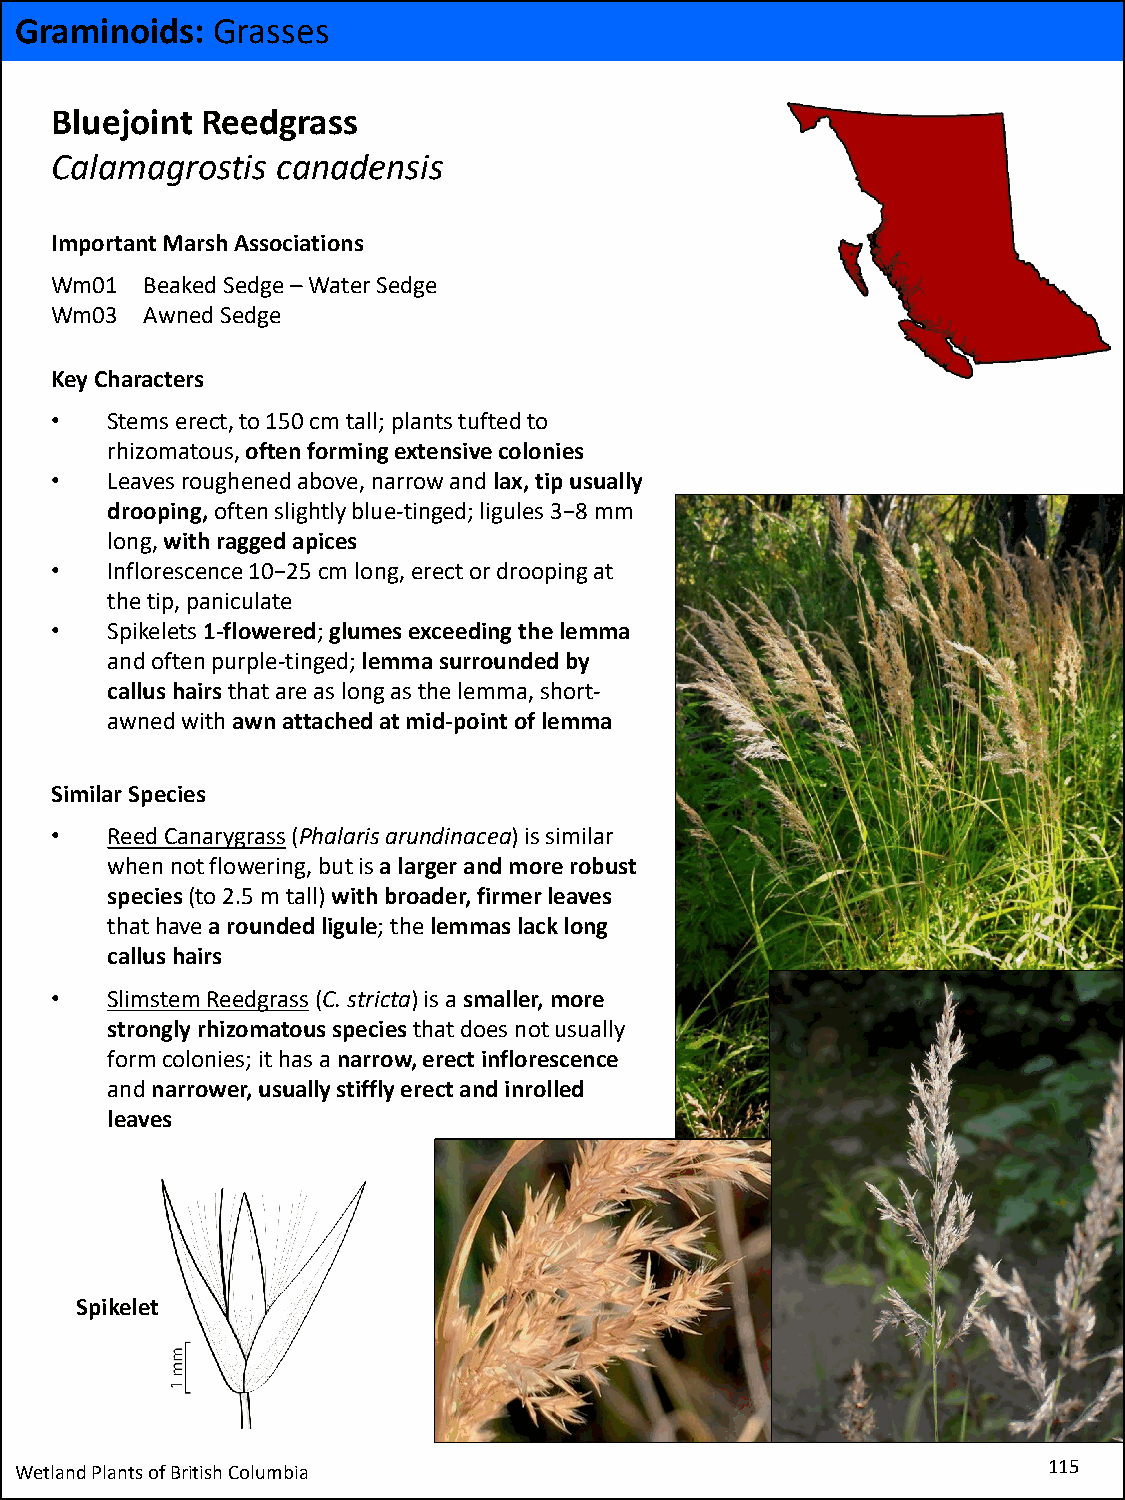
Graminoids:  Grasses
 Bluejoint Reedgrass
 Calamagrostis  canadensis
 Important Marsh Associations
 Wm01  Beaked Sedge –Water Sedge
 Wm03  AwnedSedge
 Key Characters
 •   Stems erect, to 150 cm tall; plants tufted to
 rhizomatous, often forming extensive colonies
 •   Leaves roughened above, narrow and lax, tip usually
 drooping, often slightly blue-tinged; ligules 3−8 mm
 long, with ragged apices
 •   Inflorescence 10−25 cm long, erect or drooping at
 the tip, paniculate
 •   Spikelets1-flowered; glumes exceeding the lemma
 and often purple-tinged; lemma surrounded by
 callus hairs that are as long as the lemma, short-
 awnedwith awn attached at mid-point of lemma
 Similar Species
 •   Reed Canarygrass(Phalarisarundinacea) is similar
 when not flowering, but is a larger and more robust
 species(to 2.5 m tall) with broader, firmer leaves
 that have a rounded ligule; the lemmas lack long
 callus hairs
 •   SlimstemReedgrass(C. stricta) is a smaller, more
 strongly rhizomatous species that does not usually
 form colonies; it has a narrow, erect inflorescence
 and narrower, usually stiffly erect and inrolled
 leaves
 Spikelet
 Wetland Plants of British Columbia                                  115